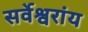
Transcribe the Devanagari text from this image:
सर्वेश्वरांय